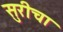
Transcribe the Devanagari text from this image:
सुरीचा